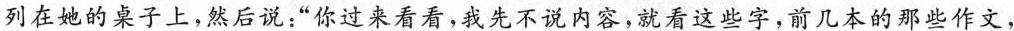
列在她的桌子上，然后说：”你过来看看，我先不说内容，就看这些字，前几本的那些作文，